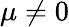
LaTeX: \mu\ne 0